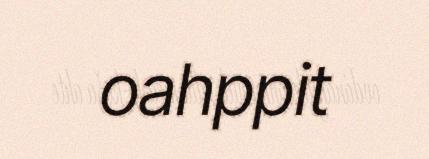
oahppit